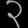
Digit: ၃